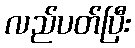
လည်ပတ်ပြီး